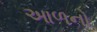
આળનો